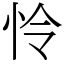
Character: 怜